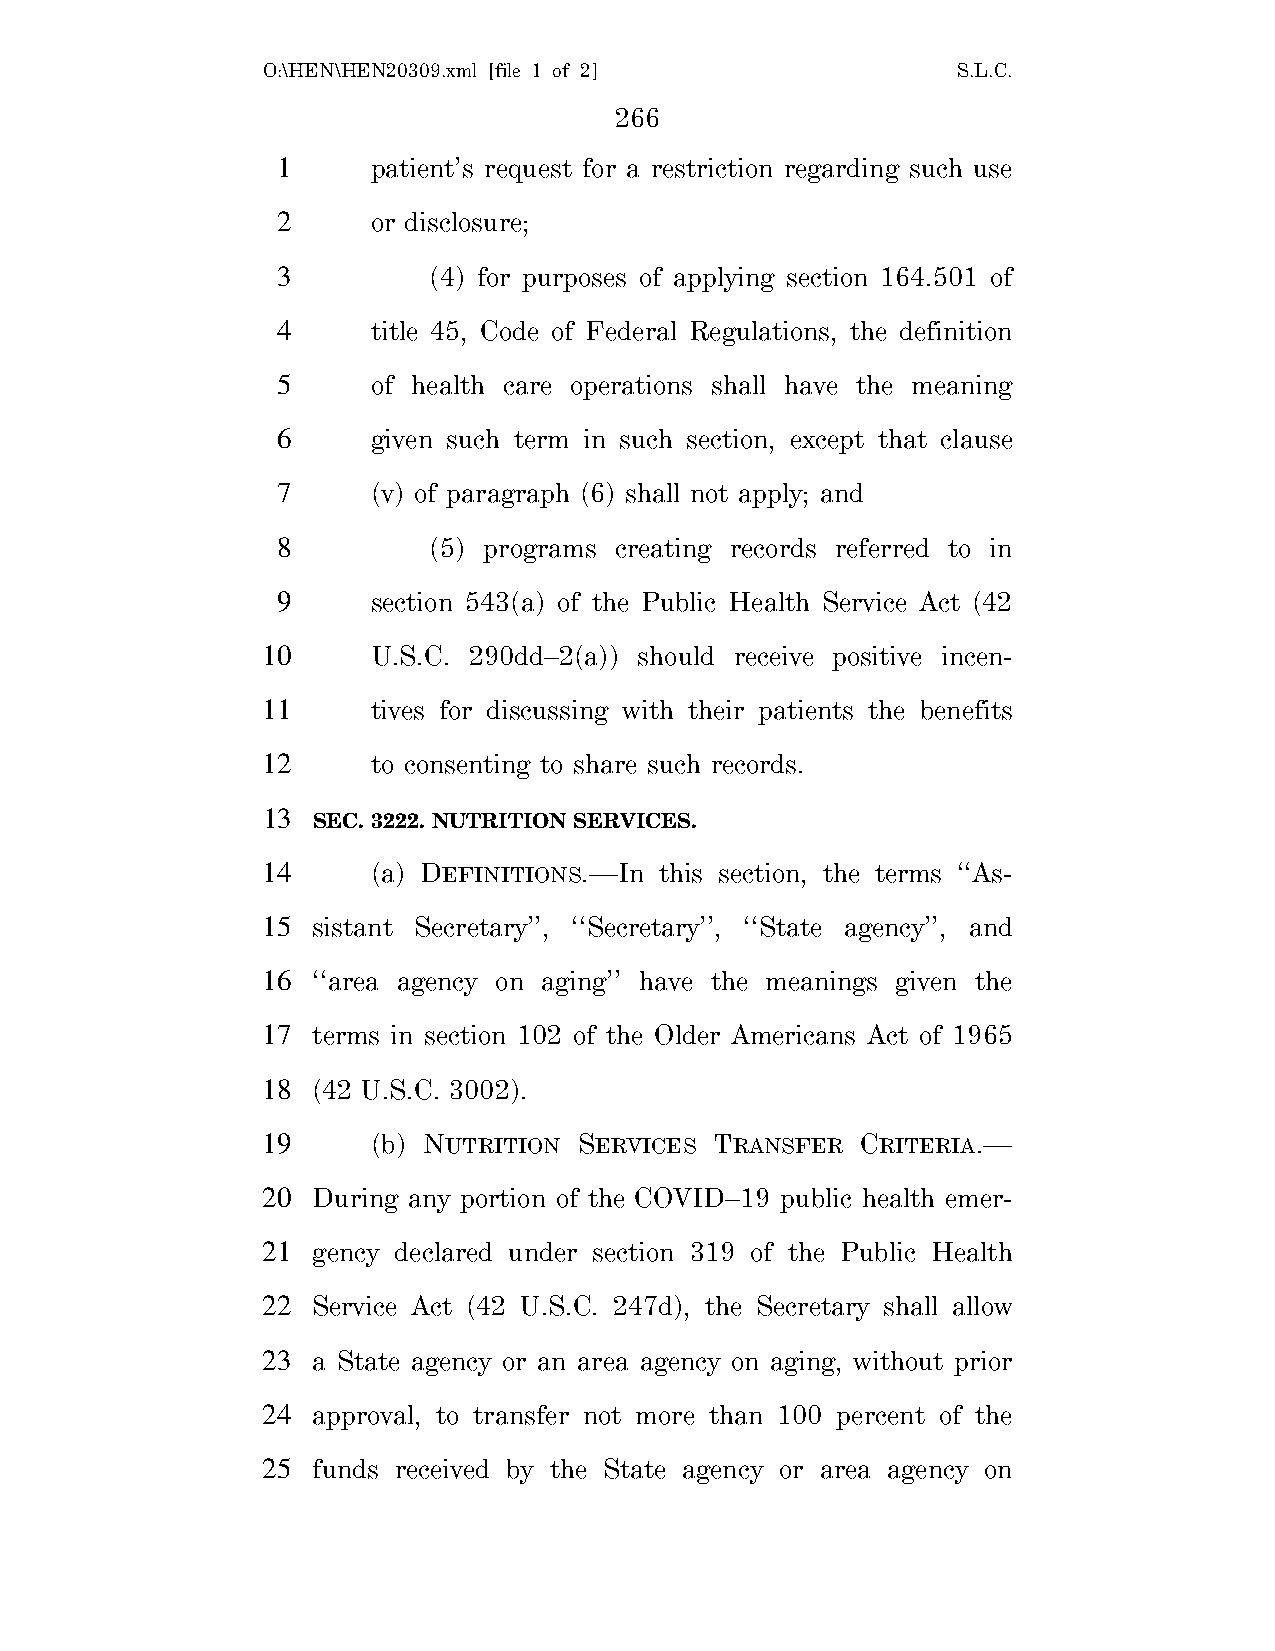
O:\HEN\HEN20309.xml [file 1 of 2]             S.L.C.
 266
 1      patient’s request for a restriction regarding such use
 2      or disclosure;
 3         (4) for purposes of applying section 164.501 of
 4      title 45, Code of Federal Regulations, the definition
 5      of health care operations shall have the meaning
 6      given such term in such section, except that clause
 7      (v) of paragraph (6) shall not apply; and
 8         (5) programs creating records referred to in
 9      section 543(a) of the Public Health Service Act (42
 10      U.S.C. 290dd–2(a)) should receive positive incen-
 11      tives for discussing with their patients the benefits
 12      to consenting to share such records.
 13
 SEC. 3222. NUTRITION SERVICES.
 14      (a) DEFINITIONS.—In this section, the terms ‘‘As-
 15  sistant Secretary’’, ‘‘Secretary’’, ‘‘State agency’’, and
 16  ‘‘area agency on aging’’ have the meanings given the
 17  terms in section 102 of the Older Americans Act of 1965
 18  (42 U.S.C. 3002).
 19      (b) NUTRITION SERVICES TRANSFER CRITERIA.—
 20  During any portion of the COVID–19 public health emer-
 21  gency declared under section 319 of the Public Health
 22  Service Act (42 U.S.C. 247d), the Secretary shall allow
 23  a State agency or an area agency on aging, without prior
 24  approval, to transfer not more than 100 percent of the
 25  funds received by the State agency or area agency on